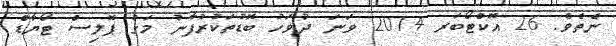
ނެތެވެ. 26 އޮކްޓޯބަރ 2014 ވަނަ ދުވަހު ބޮޑުތަކުރުފާނު މަގު ޕޮލިސް ޓޯޔާޑް